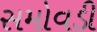
સમોવડી